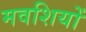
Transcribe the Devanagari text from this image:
मवशियों